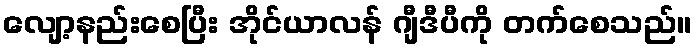
လျော့နည်းစေပြီး အိုင်ယာလန် ဂျီဒီပီကို တက်စေသည်။